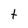
Character: t